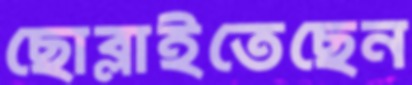
ছোব্‌লাইতেছেন